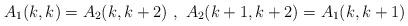
LaTeX: \begin{align*}A_{1}(k,k)=A_{2}(k,k+2)\ ,\ A_{2}(k+1,k+2)=A_{1}(k,k+1) \end{align*}